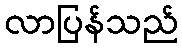
လာပြန်သည်